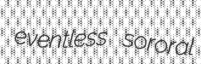
eventless sororal